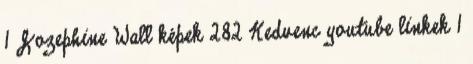
1 Jozephine Wall képek 282 Kedvenc youtube linkek 1